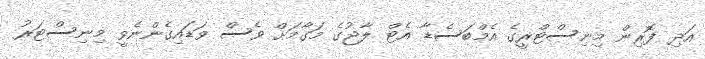
އަދި ފޮރިން މިނިސްޓްރީގެ އެމްބަސެޑާ އެޓް ލާޖުގެ މަގާމަށް ވެސް ވަޑައިގެންނެވީ މިނިސްޓަރު